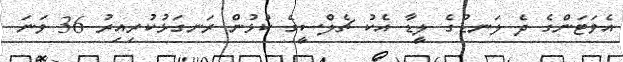
އެވަޓަންގެ ދެ ލަނޑުގެ ލީޑާ އެކު ޗެލްސީގެ ކުޅުން ރަނގަޅުކުރިއިރު 36 ވަނަ